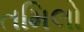
તમિલો